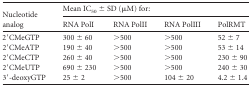
<table><thead><tr><td rowspan="2"><b>Nucleotide analog</b></td><td colspan="4"><b>Mean IC<sub>50</sub> ± SD (μM) for:</b></td></tr><tr><td><b>RNA PolI</b></td><td><b>RNA PolII</b></td><td><b>RNA PolIII</b></td><td><b>PolRMT</b></td></tr></thead><tbody><tr><td>2′CMeGTP</td><td>300 ± 60</td><td>&gt;500</td><td>&gt;500</td><td>52 ± 7</td></tr><tr><td>2′CMeATP</td><td>190 ± 40</td><td>&gt;500</td><td>&gt;500</td><td>53 ± 14</td></tr><tr><td>2′CMeCTP</td><td>260 ± 40</td><td>&gt;500</td><td>&gt;500</td><td>230 ± 90</td></tr><tr><td>2′CMeUTP</td><td>690 ± 230</td><td>&gt;500</td><td>&gt;500</td><td>240 ± 30</td></tr><tr><td>3′-deoxyGTP</td><td>25 ± 2</td><td>&gt;500</td><td>104 ± 20</td><td>4.2 ± 1.4</td></tr></tbody></table>